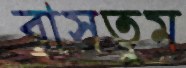
বাসতুম